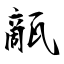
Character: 甋